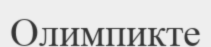
Олимпикте